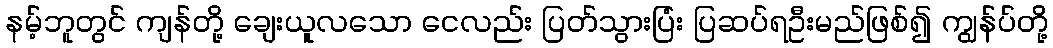
နမ့်ဘူတွင် ကျန်တို့ ချေးယူလသော ငေလည်း ပြတ်သွားပြံး ပြဆပ်ရဦးမည်ဖြစ်၍ ကျွန်ပ်တို့